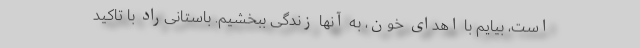
است، بیایم با اهدای خون، به آنها زندگی ببخشیم. باستانی‌راد با تاکید